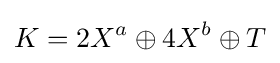
K=2X^{a}\oplus 4X^{b}\oplus T